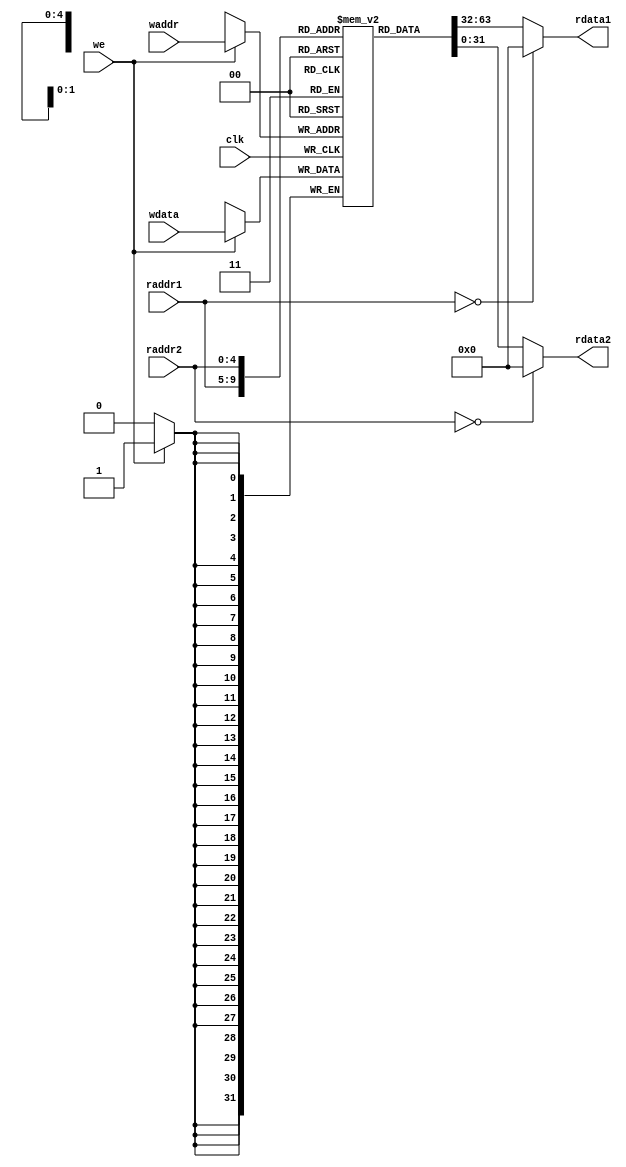
module regfile(
    input  wire        clk,
    // READ PORT 1
    input  wire [ 4:0] raddr1,
    output wire [31:0] rdata1,
    // READ PORT 2
    input  wire [ 4:0] raddr2,
    output wire [31:0] rdata2,
    // WRITE PORT
    input  wire        we,       //write enable, HIGH valid
    input  wire [ 4:0] waddr,
    input  wire [31:0] wdata
);
reg [31:0] rf[31:0];

//INIT
genvar i;
generate
    for (i=0; i<32; i=i+1) begin: init
        initial rf[i] = 32'b0;
    end
endgenerate

//WRITE
always @(posedge clk) begin
    if (we) rf[waddr] <= wdata;
end

//READ OUT 1
assign rdata1 = (raddr1==5'b0) ? 32'b0 : rf[raddr1];

//READ OUT 2
assign rdata2 = (raddr2==5'b0) ? 32'b0 : rf[raddr2];

endmodule